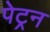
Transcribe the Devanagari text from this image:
पेट्रन